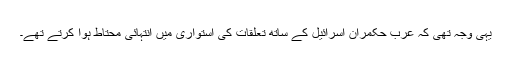
یہی وجہ تھی کہ عرب حکمران اسرائیل کے ساتھ تعلقات کی استواری میں انتہائی محتاط ہوا کرتے تھے۔